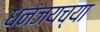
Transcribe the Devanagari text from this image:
धनंजयच्या